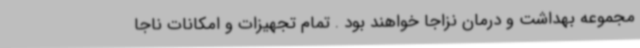
مجموعه بهداشت و درمان نزاجا خواهند بود . تمام تجهیزات و امکانات ناجا